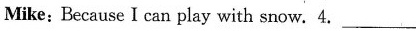
Mike: Because I can play with snow.4. ___